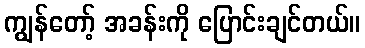
ကျွန်တော့် အခန်းကို ပြောင်းချင်တယ်။